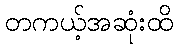
တကယ့်အဆုံးထိ